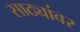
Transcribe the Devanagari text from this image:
साठ्यांवर